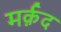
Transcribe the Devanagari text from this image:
मर्क़द